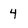
Character: 4